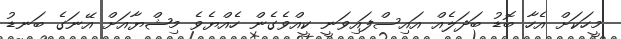
މީހަކަށް އެހާ ބޮޑު ބަދަލެއް އައިސްފައިވަނީ ކީއްވެގެން ހެއްޔެވެ މިޝްޔާއަށް އޭނަގެ ބަނޑު